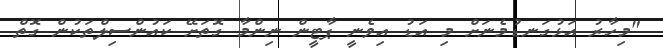
"މިހާރު އަޅުގަނޑުމެނަށް މި އަޑު އިވެނީ ޕާޓީން ނިންމާ ގޮތަށޭ ކައުންސިލްތަކުން ގޮތް